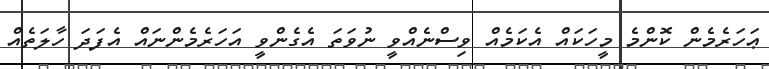
ޢަހަރެމެން ކޮންމެ މީހަކައް އެކަމެއް ވިސްނެއްވީ ނުވަތަ އެގެންވީ އަހަރެމެންނައް އެފަދަ ހާލަތެއް